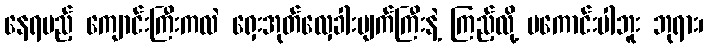
နေရမည့် ကျောင်းကြီးကလဲ ရှေးအုတ်လှေခါးပျက်ကြီးနဲ့ ကြည့်လို့ မကောင်းပါဘူး ဘုရား၊